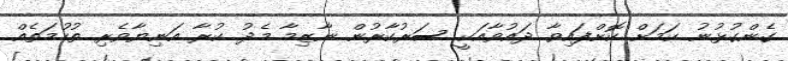
ގެންގުޅުނު ކަމަށް ކޮށްފައިވާ ދައުވާއަކީ ސަރުކާރުން ނާޒިމާ މެދު ކުރާ އަނިޔާވެރި ތުހުމަތެއް